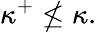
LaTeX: \kappa^{+}\nleq\kappa.